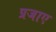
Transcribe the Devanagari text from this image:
प्रजाए